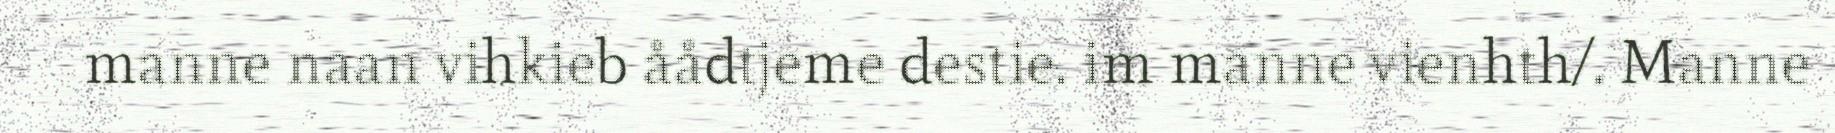
manne naan vihkieb åådtjeme destie. im manne vienhth/. Manne